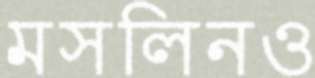
মসলিনও